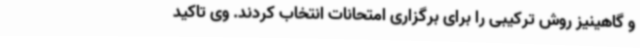
و گاهینیز روش ترکیبی را برای برگزاری امتحانات انتخاب کردند. وی تاکید